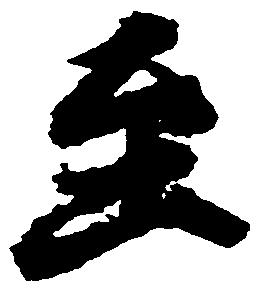
至